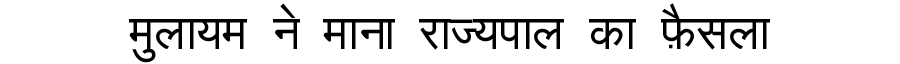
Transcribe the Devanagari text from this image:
मुलायम ने माना राज्यपाल का फ़ैसला